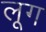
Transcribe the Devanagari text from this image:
लूग